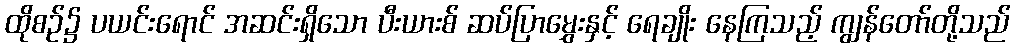
ထိုစဉ်၌ ပယင်းရောင် အဆင်းရှိသော ပီးယားစ် ဆပ်ပြာမွှေးနှင့် ရေချိုး နေကြသည့် ကျွန်တော်တို့သည်